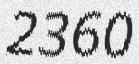
2360